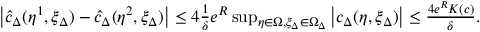
\begin{array} { r } { \left\lvert \hat { c } _ { \Delta } ( \eta ^ { 1 } , \xi _ { \Delta } ) - \hat { c } _ { \Delta } ( \eta ^ { 2 } , \xi _ { \Delta } ) \right\rvert \leq 4 \frac { 1 } { \delta } e ^ { R } \operatorname* { s u p } _ { \eta \in \Omega , \xi _ { \Delta } \in \Omega _ { \Delta } } \left\lvert c _ { \Delta } ( \eta , \xi _ { \Delta } ) \right\rvert \leq \frac { 4 e ^ { R } K ( c ) } { \delta } . } \end{array}